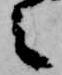
之